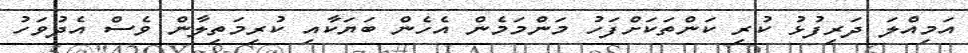
އަމިއްލަ ދަރިފުޅު ކުރި ކަންތަކަށްފަހު މަންމަމެން އެހެން ބަޔަކާއި ކުރިމަތިލާން ވެސް އެދުވަހު